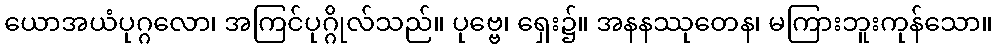
ယောအယံပုဂ္ဂလော၊ အကြင်ပုဂ္ဂိုလ်သည်။ ပုဗ္ဗေ၊ ရှေး၌။ အနနဿုတေန၊ မကြားဘူးကုန်သော။